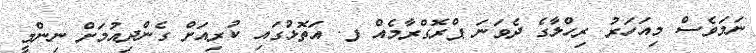
ނަމަވެސް މިއަހަރު ރިހްލާގެ ދެވަނަ ޕްރޮގްރާމެއް ފ. އަތޮޅުގައި ކުރިއަށް ގެންދިއުމަށް ނިންމީ